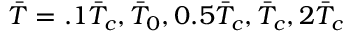
\Bar { T } = . 1 \Bar { T } _ { c } , \Bar { T } _ { 0 } , 0 . 5 \Bar { T } _ { c } , \Bar { T } _ { c } , 2 \Bar { T } _ { c }